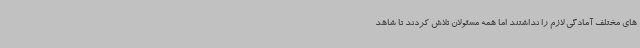
های مختلف آمادگی لازم را نداشتند اما همه مسئولان تلاش کردند تا شاهد